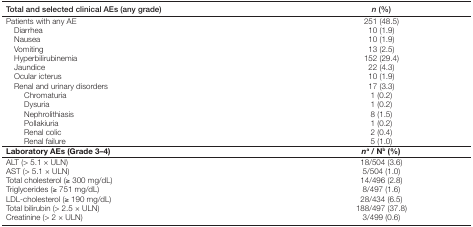
<table><thead><tr><td><b>Total and selected clinical AEs (any grade)</b></td><td><b><i>n</i> (%)</b></td></tr></thead><tbody><tr><td>Patients with any AE</td><td>251 (48.5)</td></tr><tr><td>Diarrhea</td><td>10 (1.9)</td></tr><tr><td>Nausea</td><td>10 (1.9)</td></tr><tr><td>Vomiting</td><td>13 (2.5)</td></tr><tr><td>Hyperbilirubinemia</td><td>152 (29.4)</td></tr><tr><td>Jaundice</td><td>22 (4.3)</td></tr><tr><td>Ocular icterus</td><td>10 (1.9)</td></tr><tr><td>Renal and urinary disorders</td><td>17 (3.3)</td></tr><tr><td> Chromaturia</td><td>1 (0.2)</td></tr><tr><td> Dysuria</td><td>1 (0.2)</td></tr><tr><td> Nephrolithiasis</td><td>8 (1.5)</td></tr><tr><td> Pollakiuria</td><td>1 (0.2)</td></tr><tr><td> Renal colic</td><td>2 (0.4)</td></tr><tr><td> Renal failure</td><td>5 (1.0)</td></tr><tr><td>Laboratory AEs (Grade 3–4)</td><td><i>n</i><sup>a</sup> / N<sup>b</sup> (%)</td></tr><tr><td>ALT (&gt; 5.1 × ULN)</td><td>18/504 (3.6)</td></tr><tr><td>AST (&gt; 5.1 × ULN)</td><td>5/504 (1.0)</td></tr><tr><td>Total cholesterol (≥ 300 mg/dL)</td><td>14/496 (2.8)</td></tr><tr><td>Triglycerides (≥ 751 mg/dL)</td><td>8/497 (1.6)</td></tr><tr><td>LDL-cholesterol (≥ 190 mg/dL)</td><td>28/434 (6.5)</td></tr><tr><td>Total bilirubin (&gt; 2.5 × ULN)</td><td>188/497 (37.8)</td></tr><tr><td>Creatinine (&gt; 2 × ULN)</td><td>3/499 (0.6)</td></tr></tbody></table>